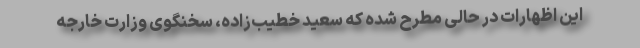
این اظهارات در حالی مطرح شده که سعید خطیب‌زاده، سخنگوی وزارت خارجه